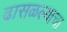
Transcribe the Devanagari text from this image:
ढासळल्याचा